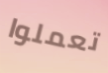
تعملوا